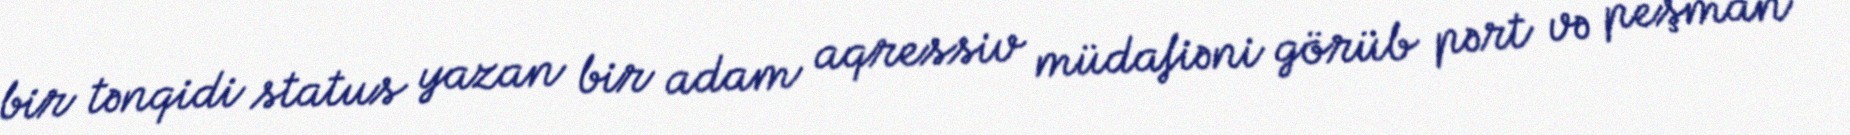
bir tənqidi status yazan bir adam aqressiv müdafiəni görüb pərt və peşman